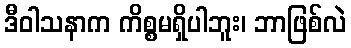
ဒီဝါသနာက ကိစ္စမရှိပါဘူး၊ ဘာဖြစ်လဲ